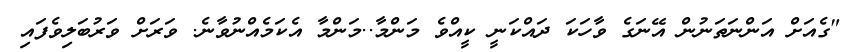
"ގެއަށް އަންނަތަނުން އޭނަގެ ވާހަކަ ދައްކަނީ ކީއްވެ މަންމާ..މަންމާ އެކަމެއްނުވާނެ. ވަރަށް ވަރުބަލިވެފައި